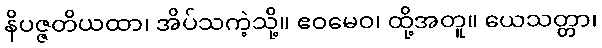
နိပဇ္ဇတိယထာ၊ အိပ်သကဲ့သို့။ ဧဝမေဝ၊ ထို့အတူ။ ယေသတ္တာ၊